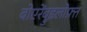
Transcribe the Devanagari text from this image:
बोएरेंब्रुइलोफ़्त